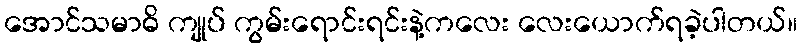
အောင်သမာဓိ ကျုပ် ကွမ်းရောင်းရင်းနဲ့ကလေး လေးယောက်ရခဲ့ပါတယ်။